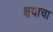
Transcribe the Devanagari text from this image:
क्षयाचा